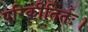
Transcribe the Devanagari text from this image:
परिकीतिर्तः।